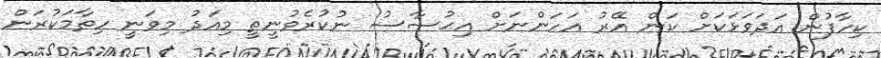
ކިހާފުން އަދަވަޅަކަށް ކަން އޭރު އަހަންނަށް އިޙުސާސު ނުކުރެވުނީތީ މިއަދު މިވަނީ ހިތާމަކުރަން